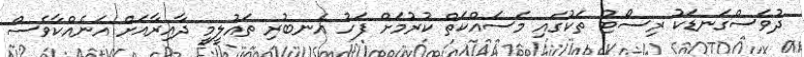
ދުވަސްގަނޑަކު ރިސޯޓު ތަކުގައި މަސައްކަތް ކުރުމަށް ފަހު އެނބުރި ތައުލީމީ ދާއިރާއަށް އަނެއްކާވެސް